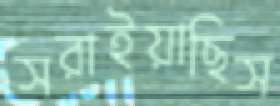
সরাইয়াছিস